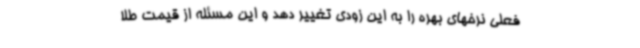
فعلی نرخهای بهره را به این زودی تغییر دهد و این مسئله از قیمت طلا